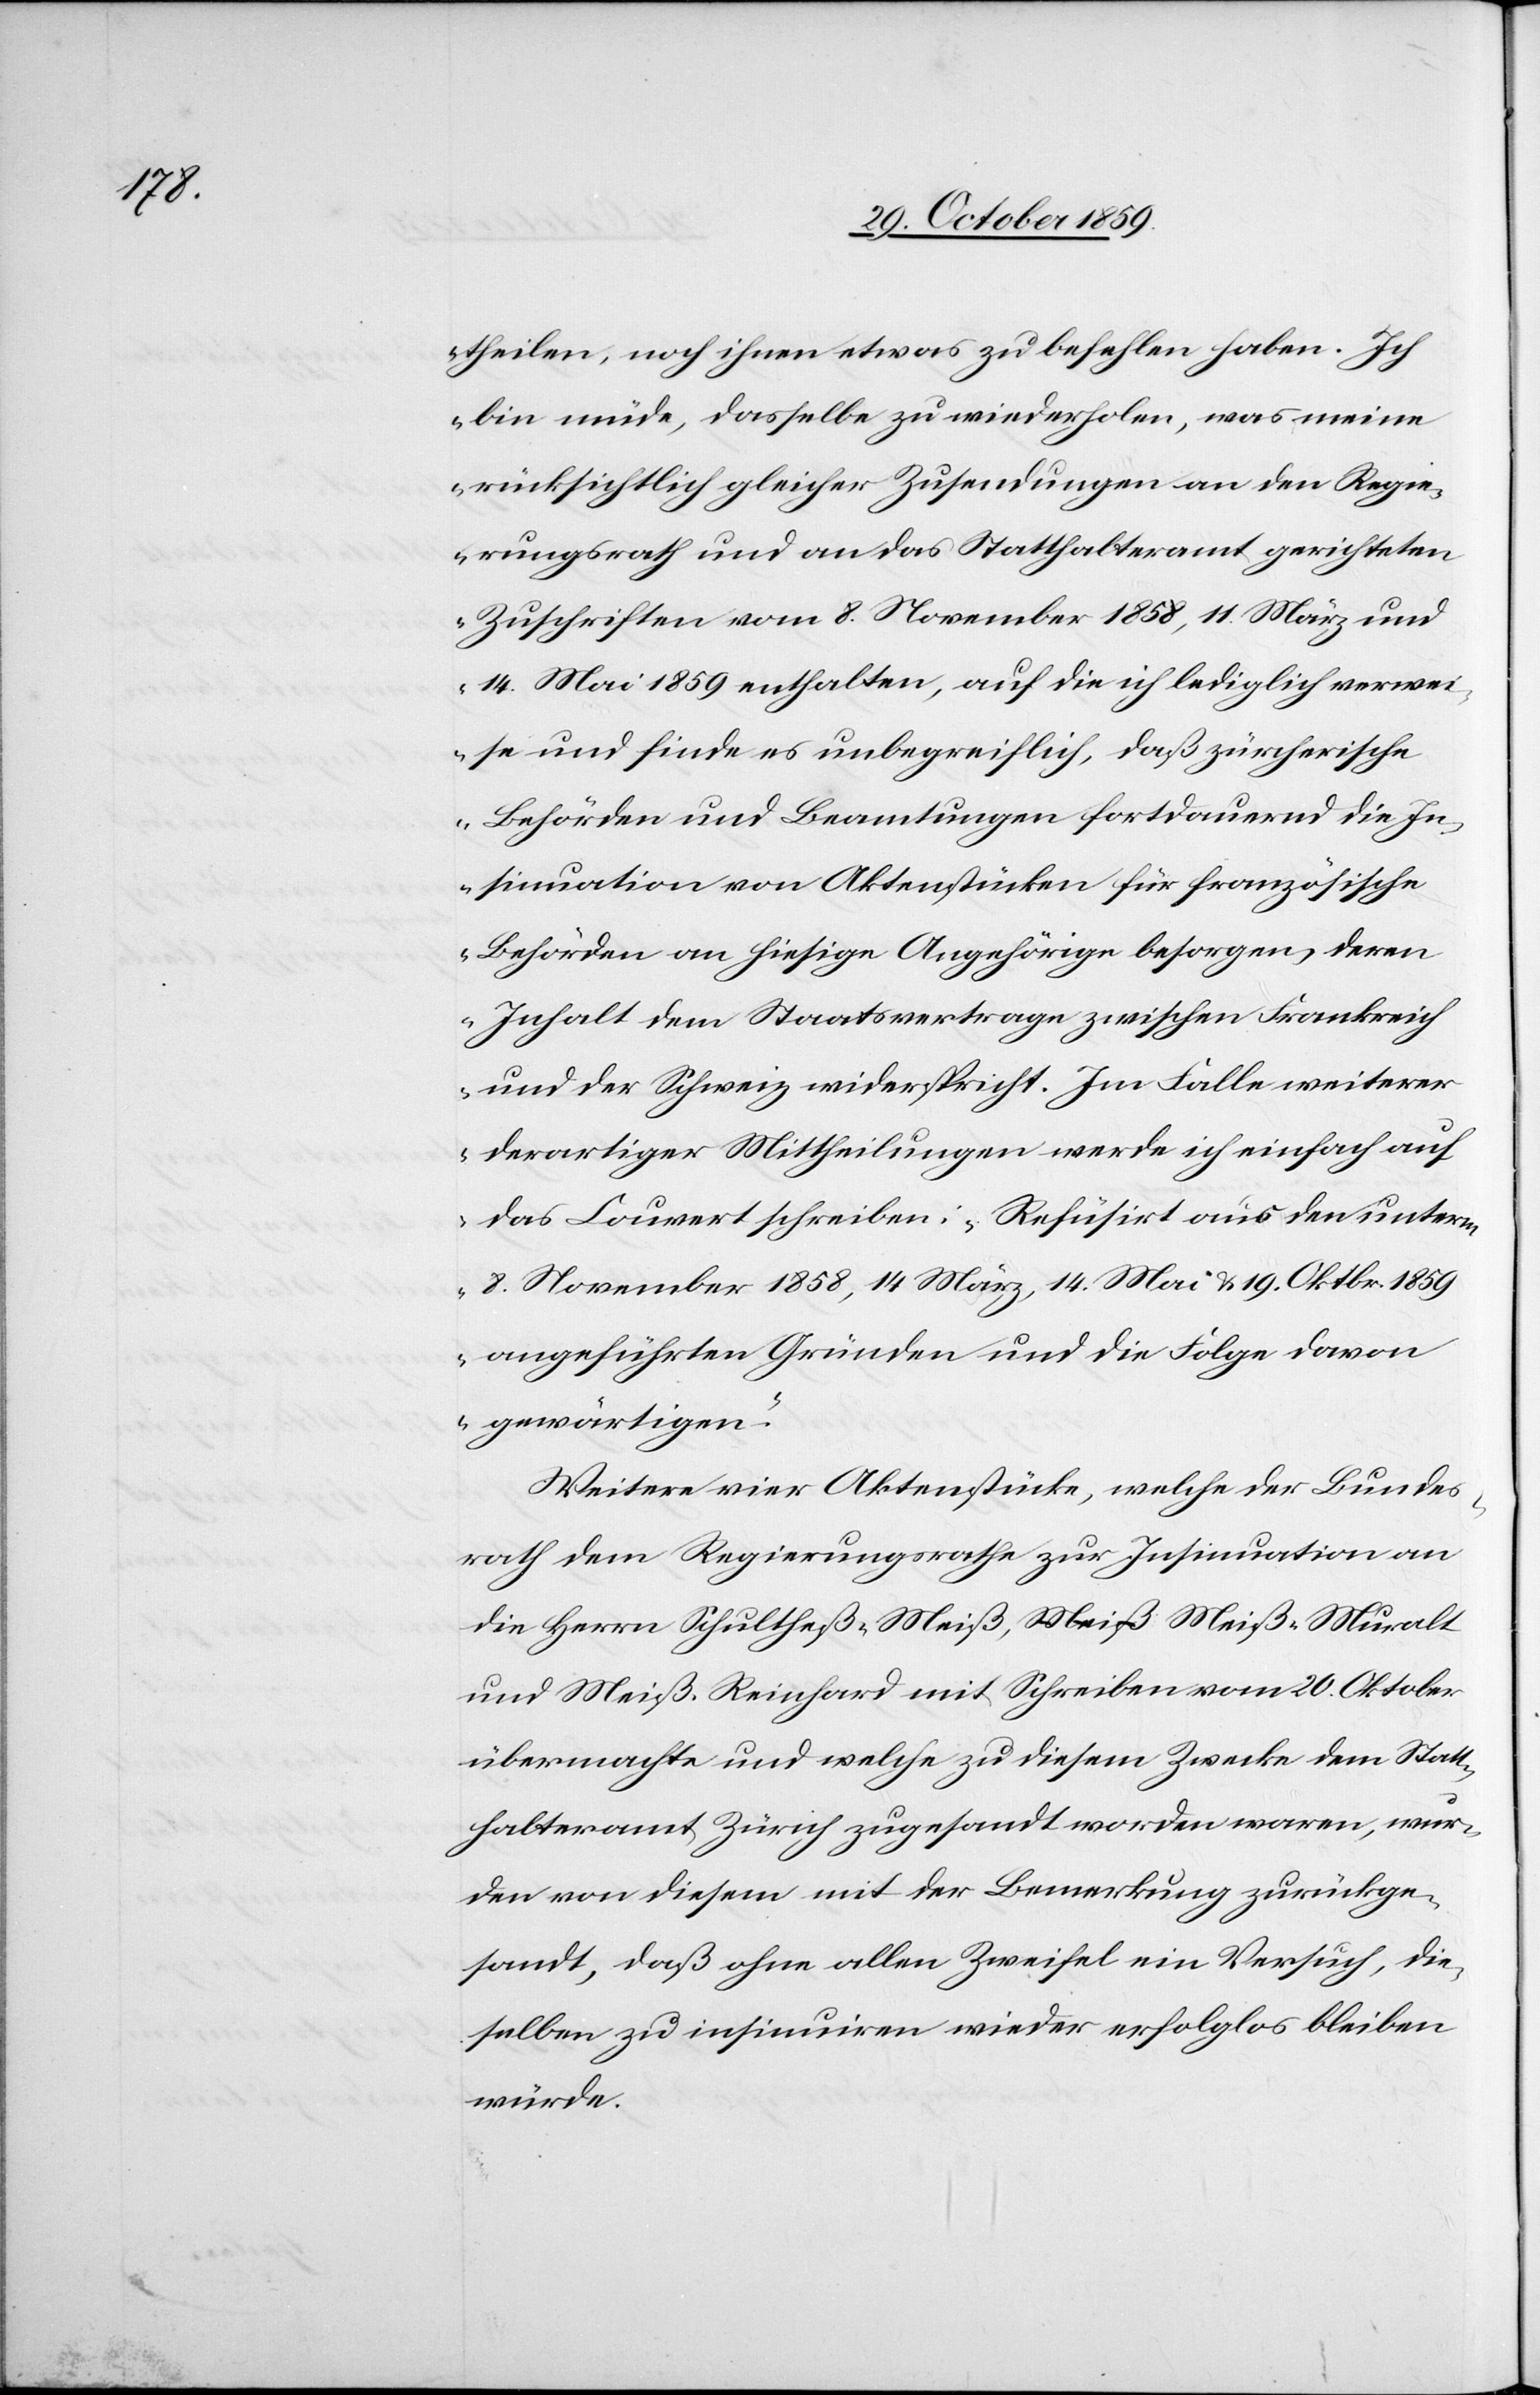
theilen, noch ihnen etwas zu befehlen haben. Ich
bin müde, dasselbe zu wiederholen, was meine
rücksichtlich gleicher Zusendungen an den Regie¬
rungsrath und an das Statthalteramt gerichteten
Zuschriften vom 8. November 1858, 14. März und
14. Mai 1859 enthalten, auf die ich lediglich verwei¬
se und finde es unbegreiflich, daß zürcherische
Behörden und Beamtungen fortdauernd die In¬
sinuation von Aktenstücken für französische
Behörden an hiesige Angehörige besorgen, deren
Inhalt dem Staatsvertrage zwischen Frankreich
und der Schweiz widerspricht. Im Falle weiterer
derartiger Mittheilungen werde ich einfach auf
das Couvert schreiben: „Refüsirt aus den unterm
8. November 1858, 14. März, 14. Mai & 19. Oktbr. 1859
angeführten Gründen und die Folge davon
gewärtigen.“
Weitere vier Aktenstücke, welche der Bundes¬
rath dem Regierungsrathe zur Insinuation an
die Herrn Schultheß-Meiß, Meiß Meiß-Muralt
und Meiß-Reinhard mit Schreiben vom 20. Oktober
übermacht und welche zu diesem Zwecke dem Statt¬
halteramt Zürich zugesandt worden waren, wur¬
den von diesem mit der Bemerkung zurückge¬
sendet, daß ohne allen Zweifel ein Versuch, die¬
selbe zu insinuiren wieder erfolglos bleiben
würde.